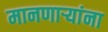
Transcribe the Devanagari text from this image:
मानणाऱ्यांना